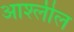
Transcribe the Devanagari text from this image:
आश्लील